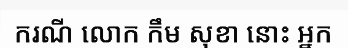
ករណី លោក កឹម សុខា នោះ អ្នក